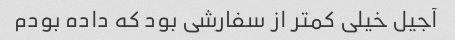
آجیل خیلی کمتر از سفارشی بود که داده بودم